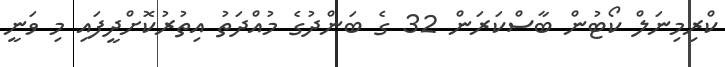
ކްރިމިނަލް ކޯޓުން ބާސްކަރަން 32 ގެ ބަންދުގެ މުއްދަތު އިތުރުކޮށްދީފައި މި ވަނީ